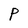
Character: P